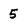
Character: 5